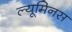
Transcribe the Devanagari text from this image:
ल्यूमिनस